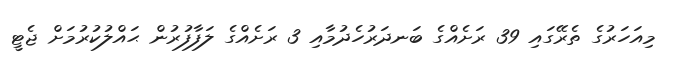
މިއަހަރުގެ ތެރޭގައި 39 ރަށެއްގެ ބަނދަރުހެދުމާއި 3 ރަށެއްގެ ލަފާފުރުން ޙައްލުކުރުމަށް ޖެޓީ